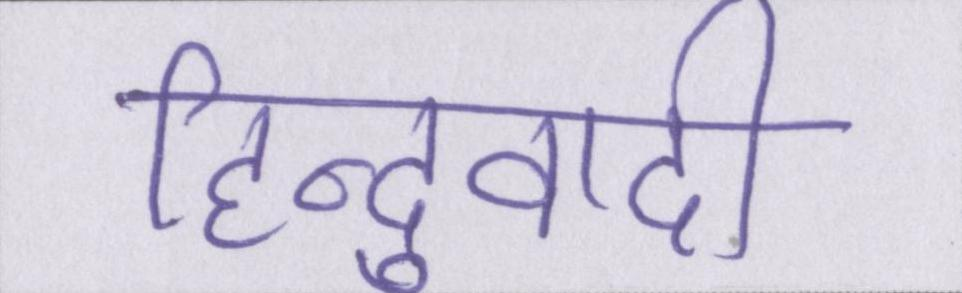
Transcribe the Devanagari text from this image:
हिन्दुवादी